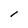
Character: l